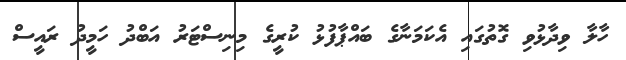
ހާލާ ވިދާޅުވި ގޮތުގައި އެކަމަނާގެ ބައްޕާފުޅު ކުރީގެ މިނިސްޓަރު އަބްދު ހަމީދު ރައީސް